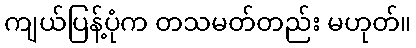
ကျယ်ပြန့်ပုံက တသမတ်တည်း မဟုတ်။